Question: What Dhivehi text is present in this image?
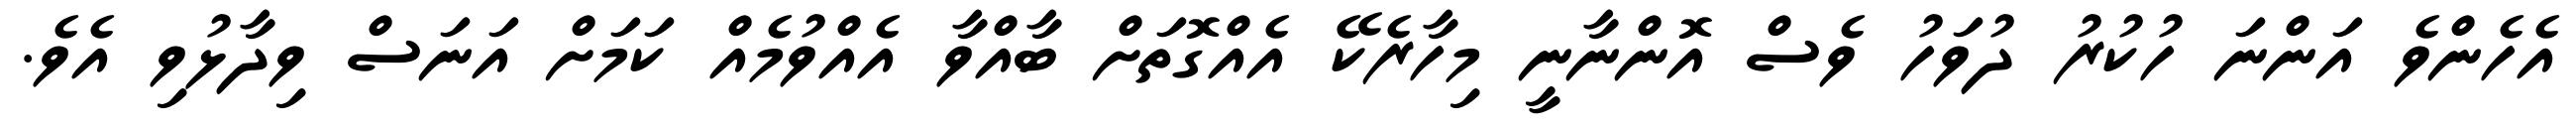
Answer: އެހެންވެ އަންނަ ހުކުރު ދުވަހު ވެސް އޮންނާނީ މިހާރެކޭ އެއްގޮތަށް ބާއްވާ އެއްވުމެއް ކަމަށް އަނަސް ވިދާޅުވި އެވެ.